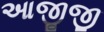
આજીજી